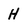
Character: H